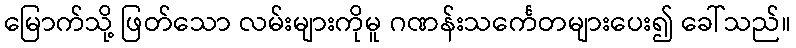
မြောက်သို့ ဖြတ်သော လမ်းများကိုမူ ဂဏန်းသင်္ကေတများပေး၍ ခေါ်သည်။